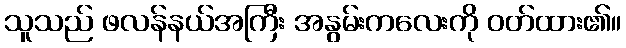
သူသည် ဖလန်နယ်အကြီး အနွမ်းကလေးကို ဝတ်ထား၏။